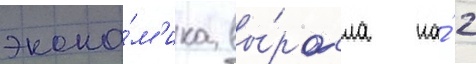
эконо́м'ика вы́росла на́ 2